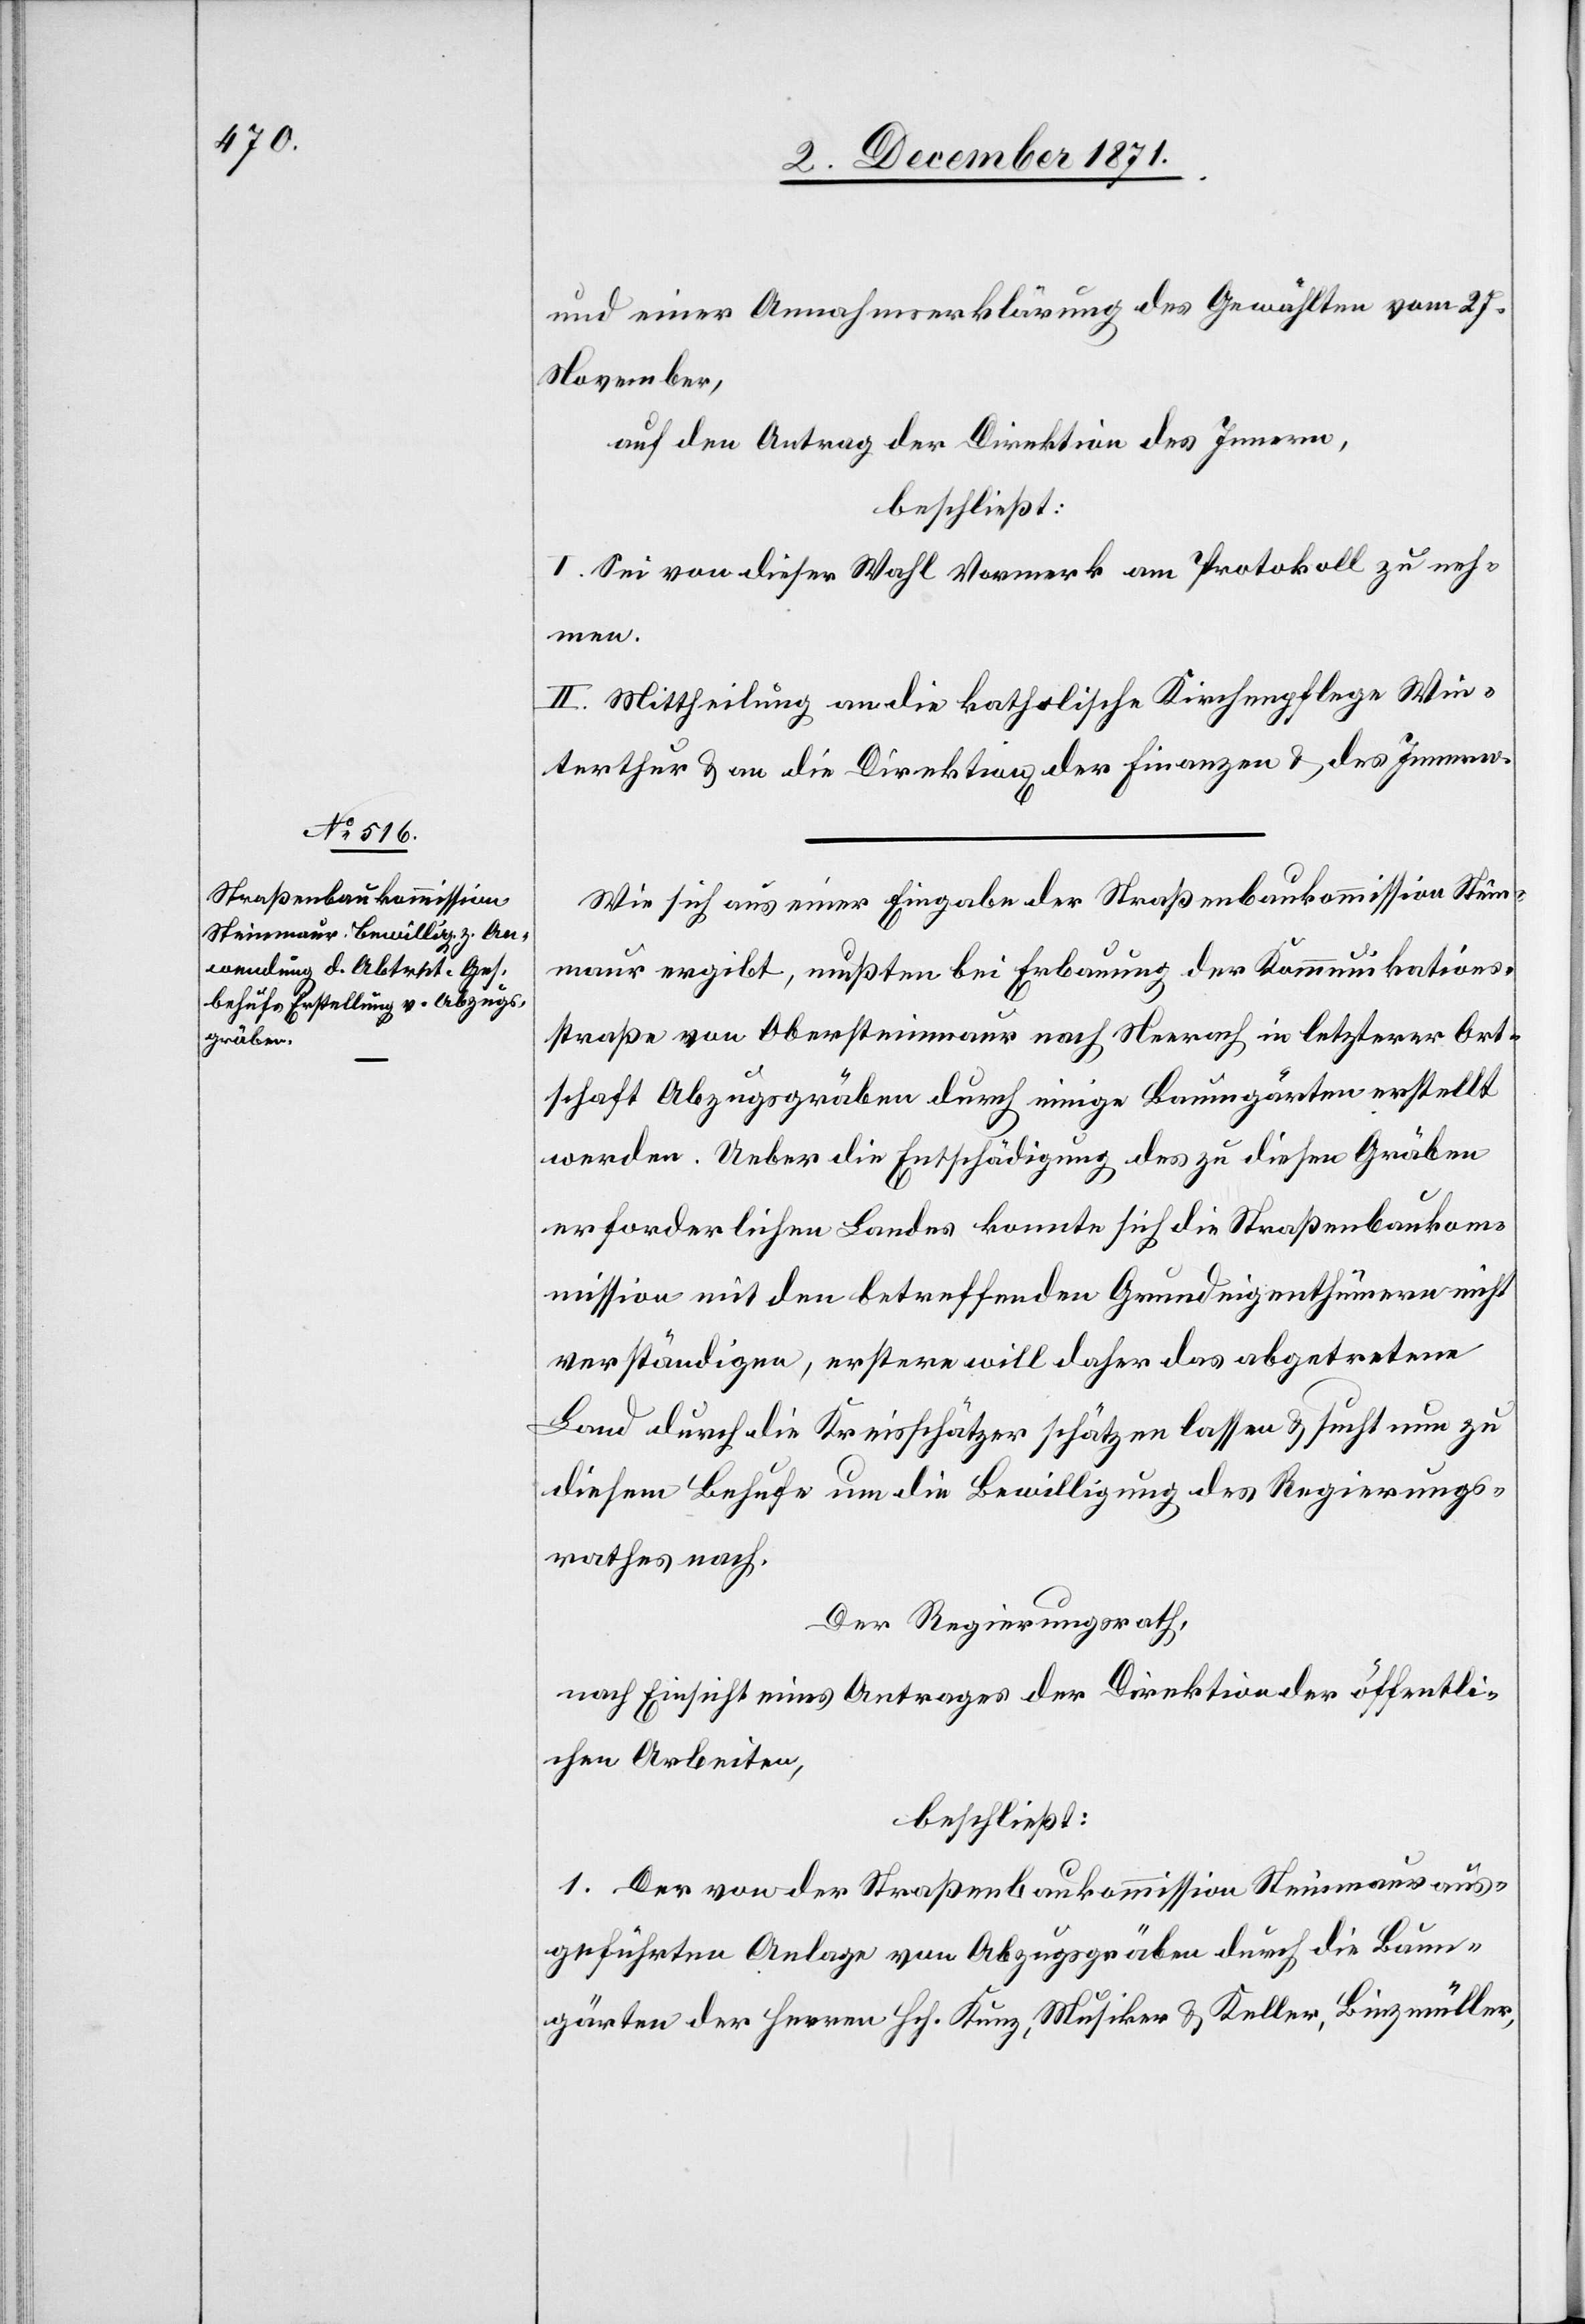
und einer Annahmeerklärung des Gewählten vom 27.
November,
auf den Antrag der Direktion des Innern,
beschließt:
I. Sei von dieser Wahl Vormerk am Protokoll zu neh¬
men.
II. Mittheilung an die katholische Kirchenpflege Win¬
terthur & an die Direktion[en] der Finanzen & des Innern.
Wie sich aus einer Eingabe der Straßenbaukommission Stein¬
maur ergibt, mussten bei Erbauung der Kommunikations¬
straße von Obersteinmaur nach Neerach in letzterer Ort¬
schaft Abzugsgräben durch einige Baumgärten erstellt
werden. Ueber die Entschädigung des zu diesen Gräben
erforderlichen Landes konnte sich die Straßenbauko¬
mmission mit den betreffenden Grundeigenthümern nicht
verständigen, erstere will daher das abgetretene
Land durch die Kreisschätzer schätzen lassen & sucht nun zu
diesem Behufe um die Bewilligung des Regierungs¬
rathes nach.
Der Regierungsrath,
nach Einsicht eines Antrages der Direktion der öffentli¬
chen Arbeiten,
beschließt:
1. Der von der Straßenbaukommission Steinmaur aus¬
geführten Anlage von Abzugsgräben durch die Baum¬
gärten der Herren Hch. Kunz, Musiker & Keller, Binzmüller,